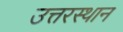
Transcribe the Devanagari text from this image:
उत्तरस्थान